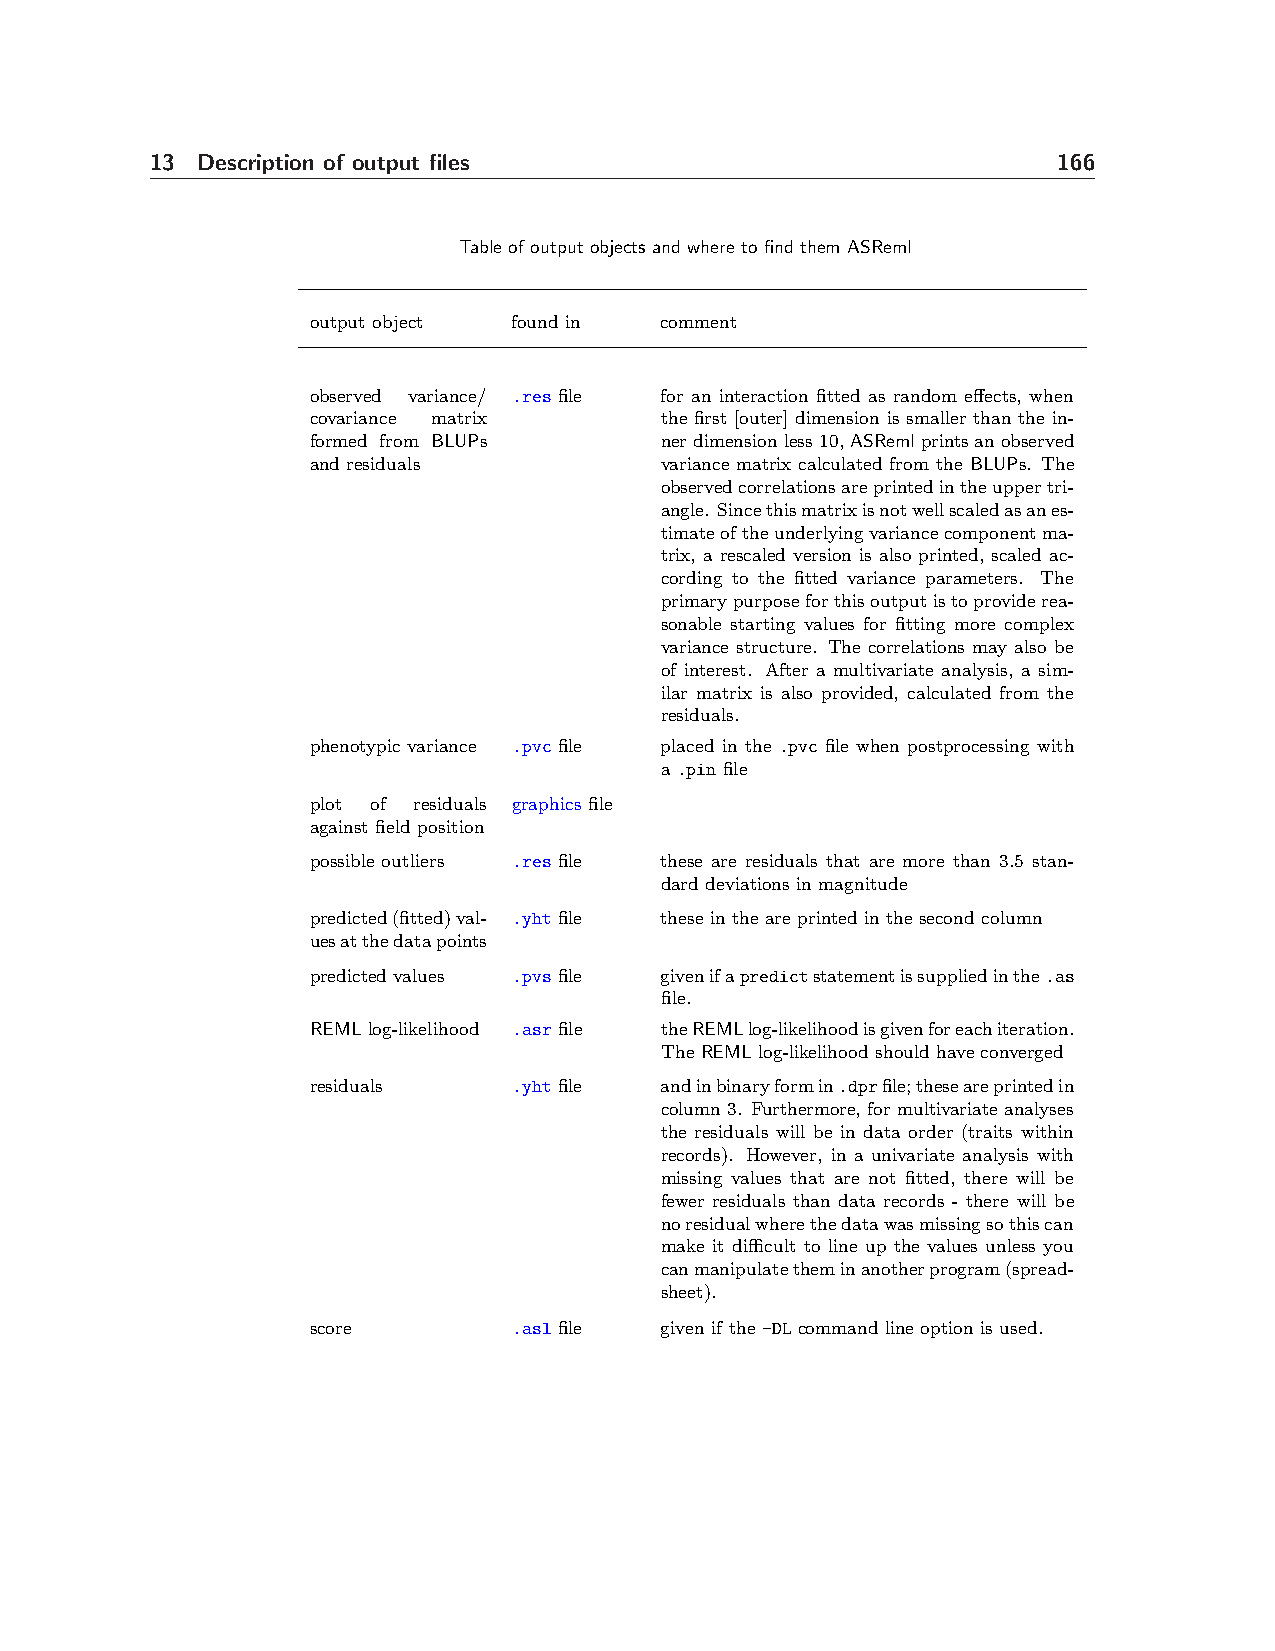
13 Description of output files                              166
 Table of output objects and where to find them ASReml
 output object found in comment
 observed variance/ .res file for an interaction fitted as random effects, when
 covariance matrix      the first [outer] dimension is smaller than the in-
 formed from BLUPs      nerdimensionless10,ASRemlprintsanobserved
 and residuals          variance matrix calculated from the BLUPs. The
 observedcorrelationsareprintedintheuppertri-
 angle. Sincethismatrixisnotwellscaledasanes-
 timateoftheunderlyingvariancecomponentma-
 trix, a rescaled version is also printed, scaled ac-
 cording to the fitted variance parameters. The
 primarypurposeforthisoutputistoproviderea-
 sonable starting values for fitting more complex
 variance structure. The correlations may also be
 of interest. After a multivariate analysis, a sim-
 ilar matrix is also provided, calculated from the
 residuals.
 phenotypic variance .pvc file placed in the .pvc file when postprocessing with
 a .pin file
 plot of residuals graphics file
 against field position
 possible outliers .res file these are residuals that are more than 3.5 stan-
 dard deviations in magnitude
 predicted(fitted)val- .yht file these in the are printed in the second column
 uesatthedatapoints
 predicted values .pvs file givenifapredictstatementissuppliedinthe.as
 file.
 REML log-likelihood .asr file theREMLlog-likelihoodisgivenforeachiteration.
 The REML log-likelihood should have converged
 residuals    .yht file andinbinaryformin.dprfile;theseareprintedin
 column 3. Furthermore, for multivariate analyses
 the residuals will be in data order (traits within
 records). However, in a univariate analysis with
 missing values that are not fitted, there will be
 fewer residuals than data records - there will be
 noresidualwherethedatawasmissingsothiscan
 make it difficult to line up the values unless you
 canmanipulatetheminanotherprogram(spread-
 sheet).
 score        .asl file given if the -DL command line option is used.